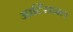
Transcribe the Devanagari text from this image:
आर्टिसनल